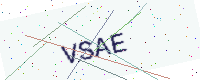
Text: VSAE